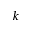
k